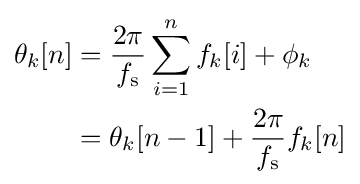
{\begin{aligned}\theta _{k}[n]&={\frac {2\pi }{f_{\mathrm {s} }}}\sum _{i=1}^{n}f_{k}[i]+\phi _{k}\\&=\theta _{k}[n-1]+{\frac {2\pi }{f_{\mathrm {s} }}}f_{k}[n]\\\end{aligned}}